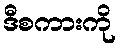
ဒီစကားကို